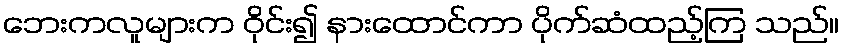
ဘေးကလူများက ဝိုင်း၍ နားထောင်ကာ ပိုက်ဆံထည့်ကြ သည်။